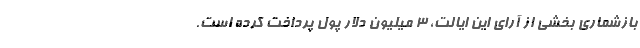
باز‌شماری بخشی از آرای این ایالت، ۳ میلیون دلار پول پرداخت کرده است.